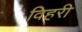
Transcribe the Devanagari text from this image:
विहरी